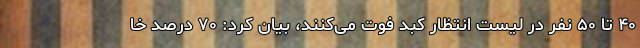
۴۰ تا ۵۰ نفر در لیست انتظار کبد فوت می‌کنند، بیان کرد: ۷۰ درصد خا